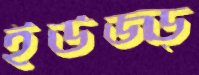
ইউজ্ড্